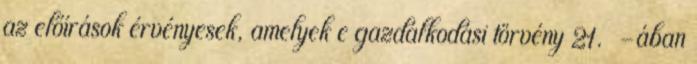
az előírások érvényesek, amelyek e gazdálkodási törvény 21. §-ában